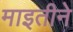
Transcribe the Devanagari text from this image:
माइतीने